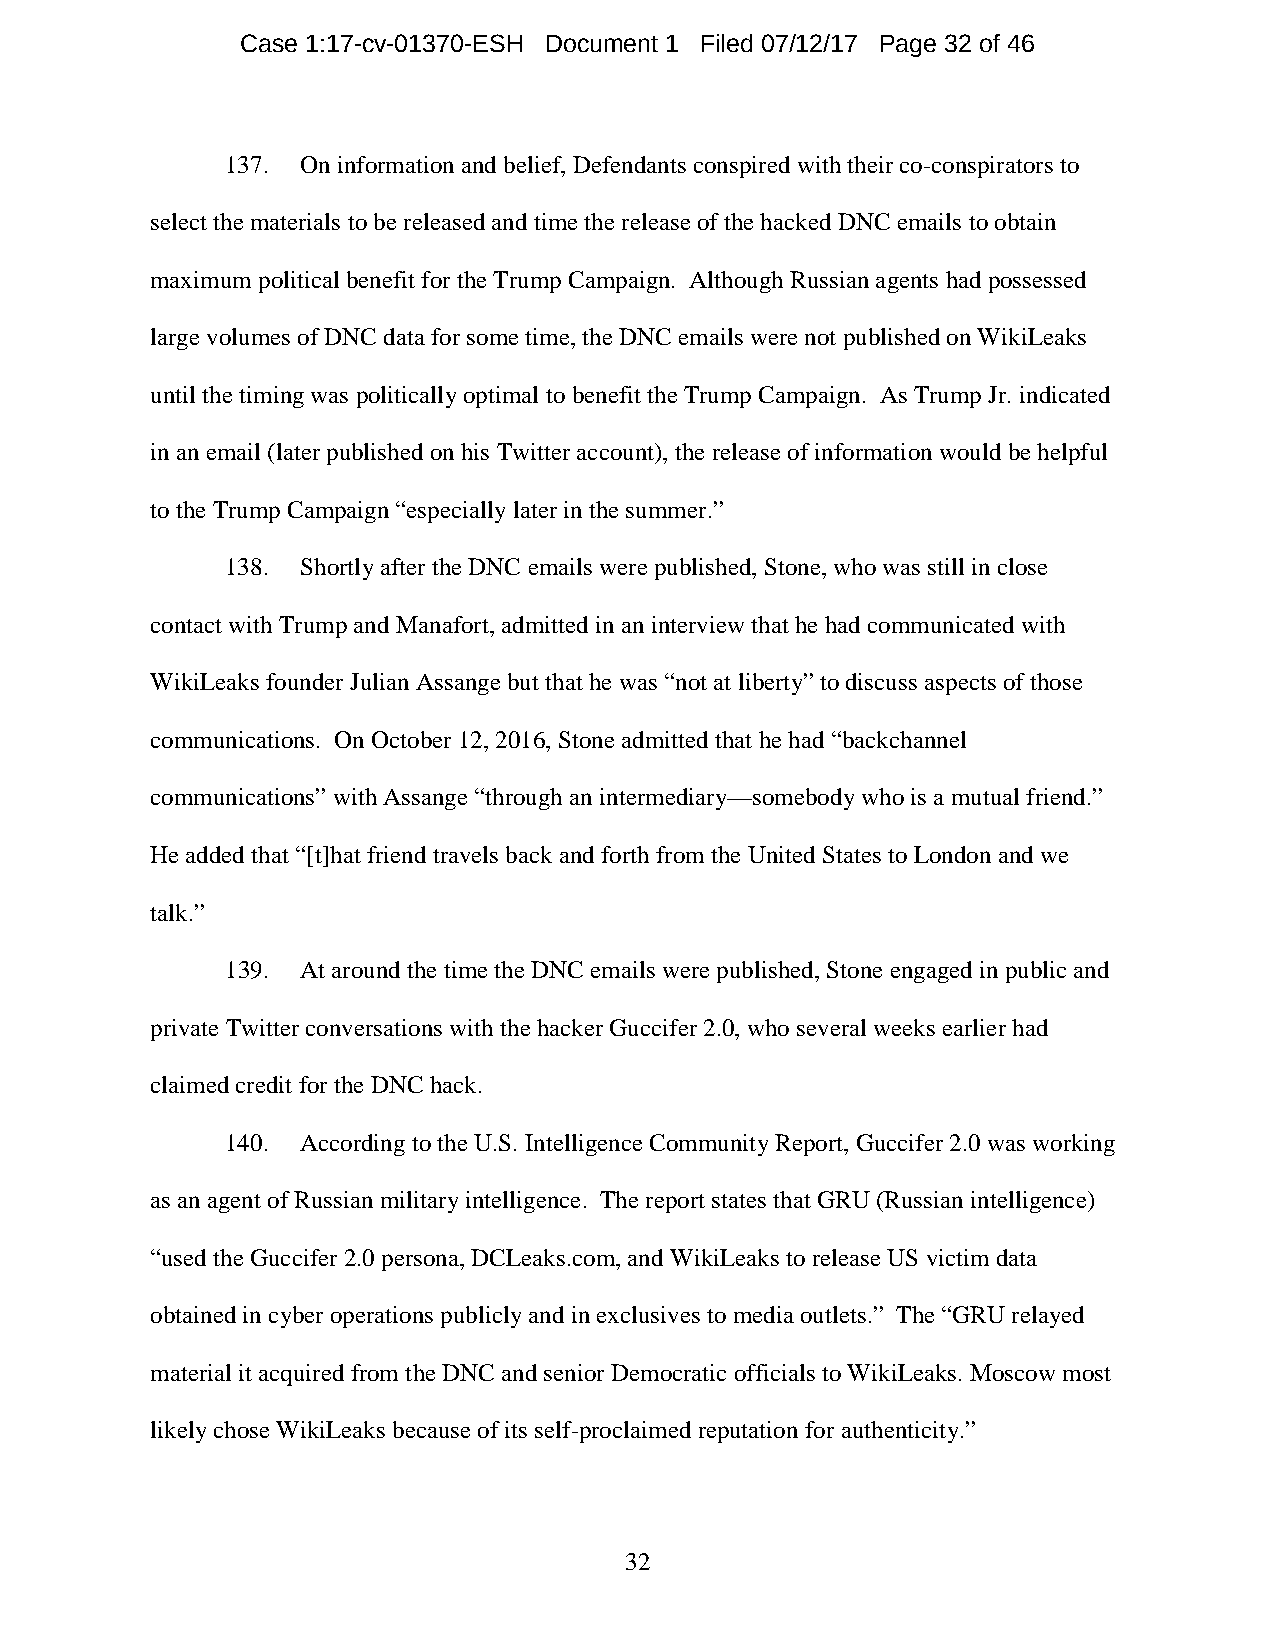
Case 1:17-cv-01370-ESH Document 1 Filed 07/12/17 Page 32 of 46
 137. On information and belief, Defendants conspired with their co-conspirators to
 select the materials to be released and time the release of the hacked DNC emails to obtain
 maximum political benefit for the Trump Campaign. Although Russian agents had possessed
 large volumes of DNC data for some time, the DNC emails were not published on WikiLeaks
 until the timing was politically optimal to benefit the Trump Campaign. As Trump Jr. indicated
 in an email (later published on his Twitter account), the release of information would be helpful
 to the Trump Campaign “especially later in the summer.”
 138. Shortly after the DNC emails were published, Stone, who was still in close
 contact with Trump and Manafort, admitted in an interview that he had communicated with
 WikiLeaks founder Julian Assange but that he was “not at liberty” to discuss aspects of those
 communications. On October 12, 2016, Stone admitted that he had “backchannel
 communications” with Assange “through an intermediary—somebody who is a mutual friend.”
 He added that “[t]hat friend travels back and forth from the United States to London and we
 talk.”
 139. At around the time the DNC emails were published, Stone engaged in public and
 private Twitter conversations with the hacker Guccifer 2.0, who several weeks earlier had
 claimed credit for the DNC hack.
 140. According to the U.S. Intelligence Community Report, Guccifer 2.0 was working
 as an agent of Russian military intelligence. The report states that GRU (Russian intelligence)
 “used the Guccifer 2.0 persona, DCLeaks.com, and WikiLeaks to release US victim data
 obtained in cyber operations publicly and in exclusives to media outlets.” The “GRU relayed
 material it acquired from the DNC and senior Democratic officials to WikiLeaks. Moscow most
 likely chose WikiLeaks because of its self-proclaimed reputation for authenticity.”
 32